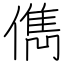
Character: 儁